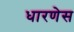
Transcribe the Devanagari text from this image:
धारणेस